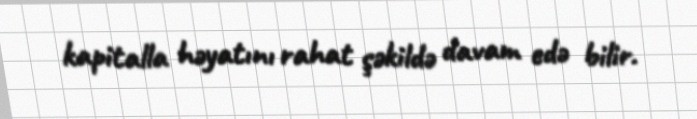
kapitalla həyatını rahat şəkildə davam edə bilir.